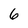
Character: 6